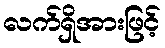
လက်ရှိအားဖြင့်